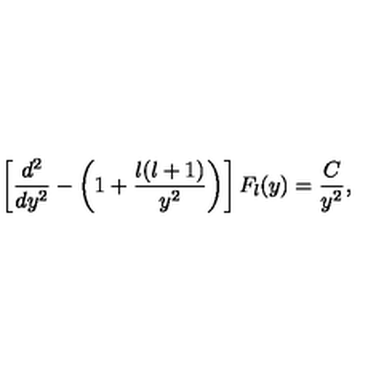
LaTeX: \left[ { \frac { d ^ { 2 } } { d y ^ { 2 } } } - \left( 1 + { \frac { l ( l + 1 ) } { y ^ { 2 } } } \right) \right] F _ { l } ( y ) = { \frac { C } { y ^ { 2 } } } ,